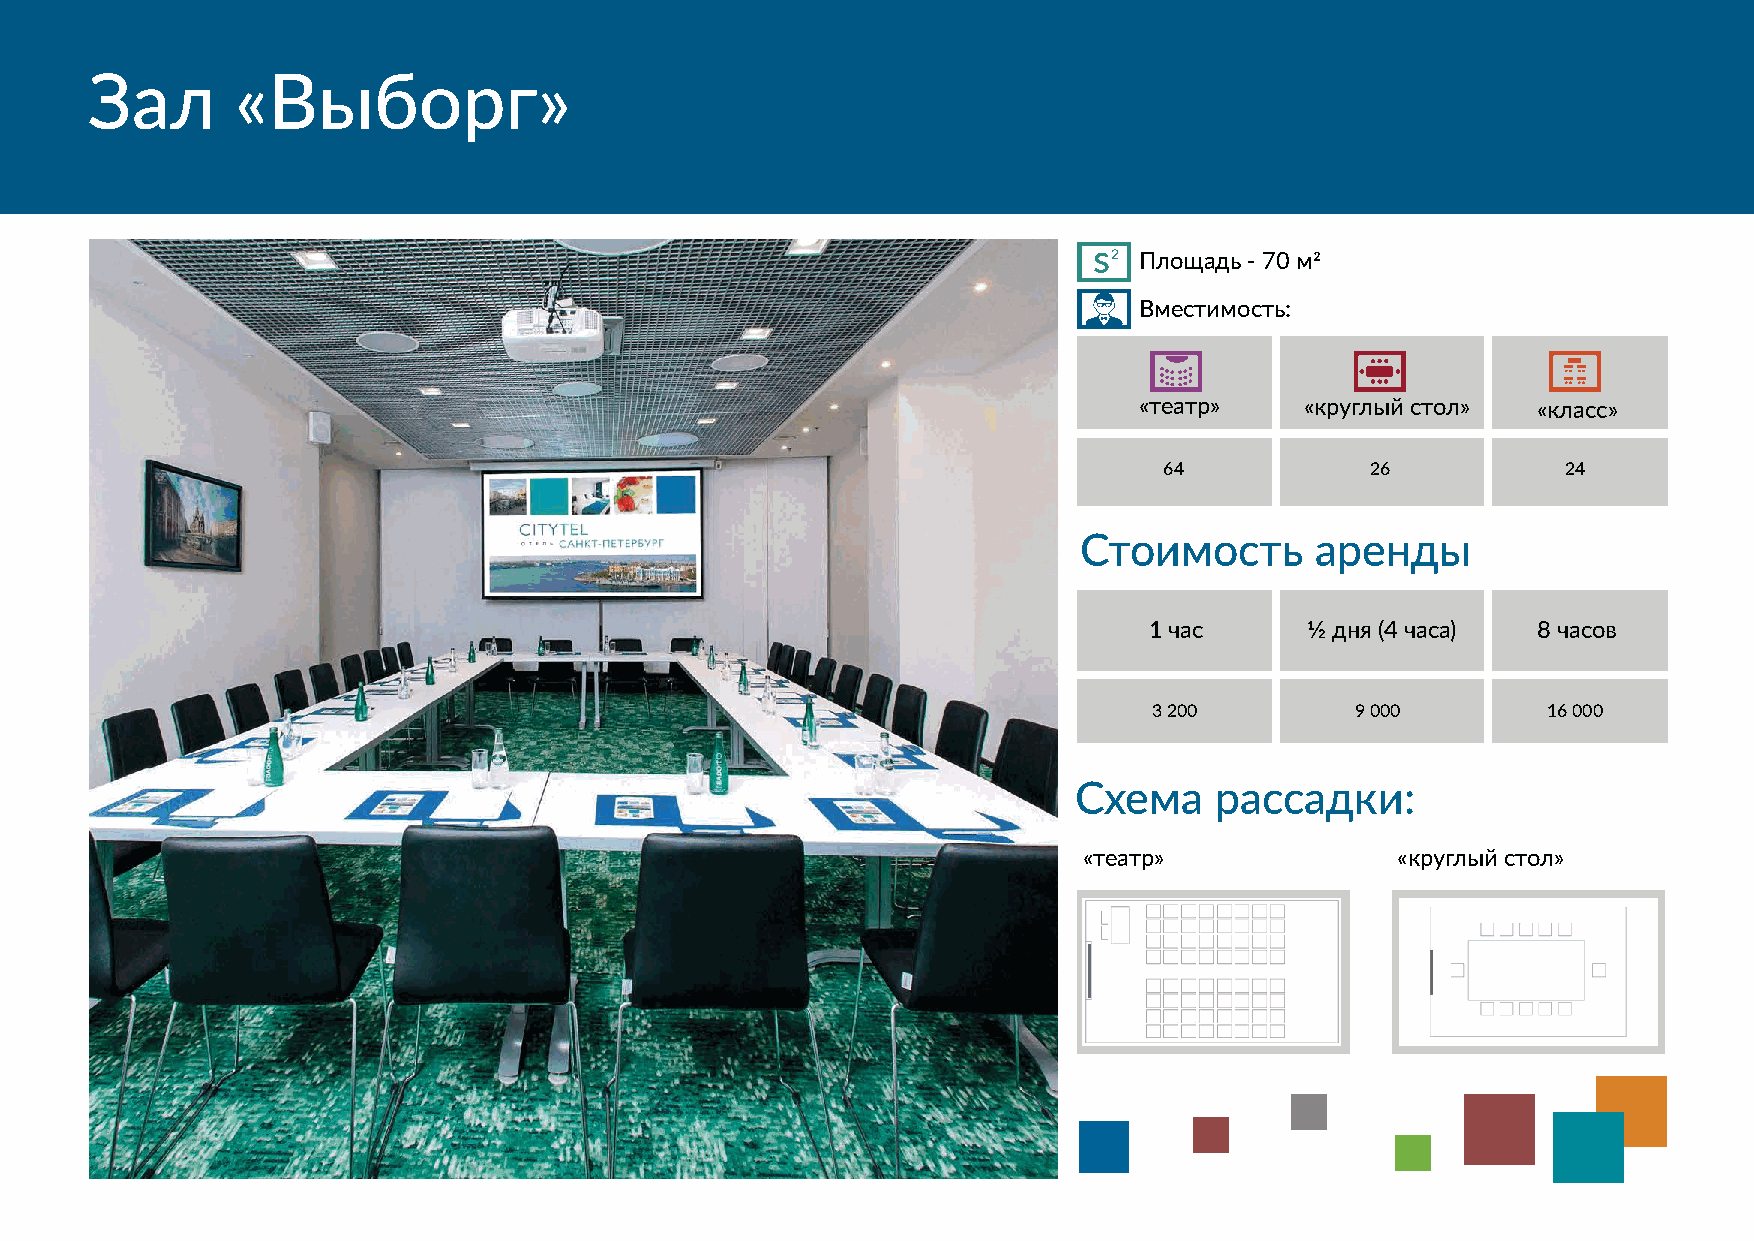
Зал       «Выборг»
 s2
 Площадь - 70 м2
 Вместимость:
 «театр»    «круглый стол»  «класс»
 64            26           24
 Стоимость      аренды
 1 час      1⁄2 дня (4 часа) 8 часов
 3 200         9 000       16 000
 Схема    рассадки:
 «театр»              «круглый стол»